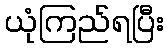
ယုံကြည်ရပြီး